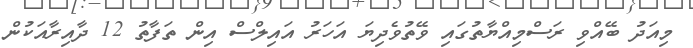
މިއަދު ބޭއްވި ރަސްމިއްޔާތުގައި ވޭތުވެދިޔަ އަހަރު އައިލްސް އިން ތަފާތު 12 ދާއިރާއަކުން